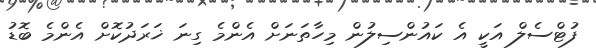
ފުޓްސެލް އަކީ އެ ކައުންސިލުން މިހާތަނަށް އެންމެ ގިނަ ޚަރަދުކޮށް އެންމެ ބޮޑު